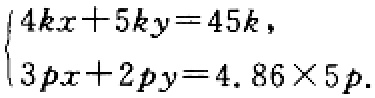
\(\begin{cases}4kx + 5ky = 45k,\\3px + 2py = 4.86\times5p.\end{cases}\)